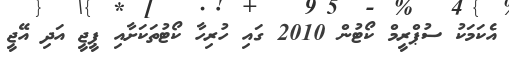
އެކަމަކު ސުޕްރީމް ކޯޓުން 2010 ގައި ހުރިހާ ކޯޓުތަކަށާއި ޕީޖީ އަދި އޭޖީ